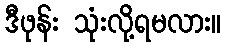
ဒီဖုန်း သုံးလို့ရမလား။